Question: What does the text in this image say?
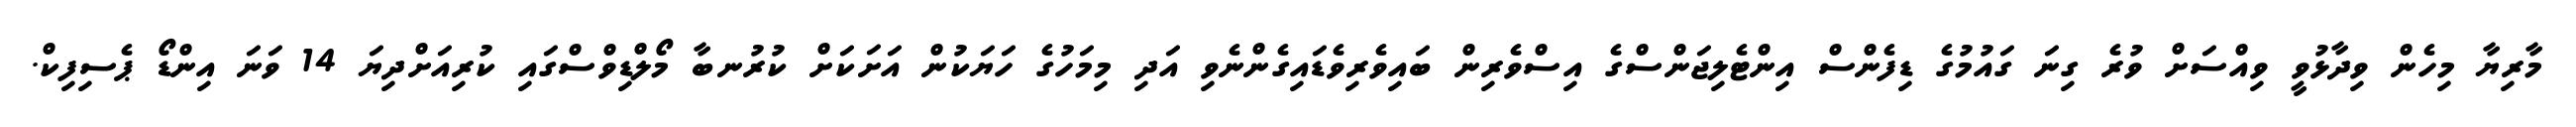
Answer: މާރިޔާ މިހެން ވިދާޅުވީ ވިއްސަށް ވުރެ ގިނަ ގައުމުގެ ޑިފެންސް އިންޓެލިޖަންސްގެ އިސްވެރިން ބައިވެރިވެޑައިގެންނެވި އަދި މިމަހުގެ ހަޔަކުން އަށަކަށް ކުރުނބާ މޯލްޑިވްސްގައި ކުރިއަށްދިޔަ 14 ވަނަ އިންޑޯ ޕެސިފިކް.